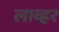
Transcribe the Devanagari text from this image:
लाव्हर